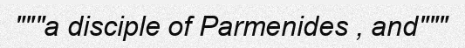
"""a disciple of Parmenides , and"""